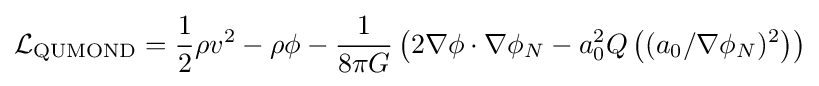
{\begin{aligned}{\mathcal {L}}_{\text{QUMOND}}={\frac {1}{2}}\rho v^{2}-\rho \phi -{\frac {1}{8\pi G}}\left(2\nabla \phi \cdot \nabla \phi _{N}-a_{0}^{2}Q\left((a_{0}/\nabla \phi _{N})^{2}\right)\right)\end{aligned}}